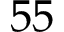
5 5